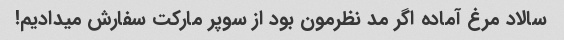
سالاد مرغ آماده اگر مد نظرمون بود از سوپر مارکت سفارش میدادیم!